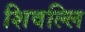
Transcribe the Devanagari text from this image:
शिवल्लि